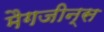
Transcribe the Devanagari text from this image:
मैगजीन्स